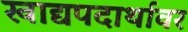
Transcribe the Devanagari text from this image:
खाद्यपदार्थावर